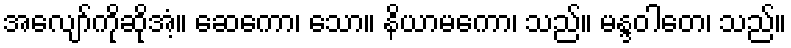
အလျော်ကိုဆိုအံ့။ ဆေကော၊ သော။ နိယာမကော၊ သည်။ မန္ဒဝါတေ၊ သည်။